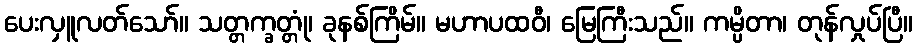
ပေးလှူလတ်သော်။ သတ္တက္ခတ္တုံ၊ ခုနစ်ကြိမ်။ မဟာပထဝီ၊ မြေကြီးသည်။ ကမ္ပိတာ၊ တုန်လှုပ်ပြီ။